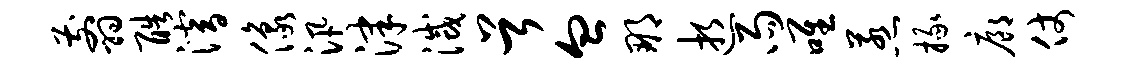
翦酷潜像汛津灭首血那逝雨唯惹掾廊仗